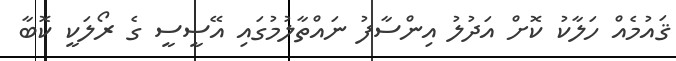
ޤައުމެއް ހަލާކު ކޮށް އަދުލު އިންސާފު ނައްތާލުމުގައި އޭސީސީ ގެ ރޯލަކީ ކޮބާ